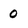
Character: 0